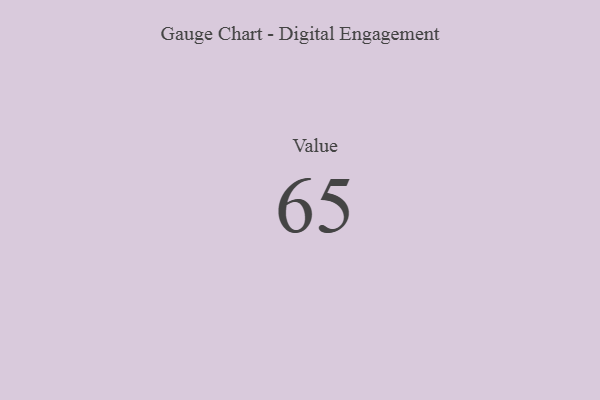
{"axis": {"x": "Metric", "y": "Value"}, "legend": [""], "data": [{"x": "Value", "y": 65, "type": ""}]}